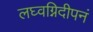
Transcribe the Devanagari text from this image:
लघ्वग्निदीपनं